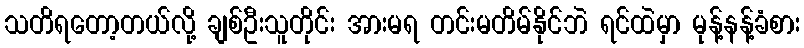
သတိရတော့တယ်လို့ ချစ်ဦးသူတိုင်း အားမရ တင်းမတိမ်နိုင်ဘဲ ရင်ထဲမှာ မုန့်နန့်ခံစား